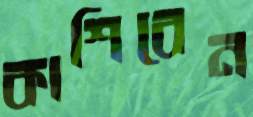
কাশিবেন